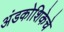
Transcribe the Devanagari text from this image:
अंडकोशिकेचे